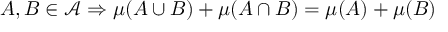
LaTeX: A , B \in { \mathcal { A } } \Rightarrow \mu ( A \cup B ) + \mu ( A \cap B ) = \mu ( A ) + \mu ( B )